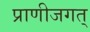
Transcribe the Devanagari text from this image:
प्राणीजगत्